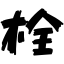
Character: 栓